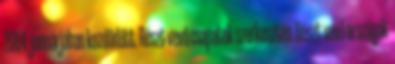
2004. januárjában kezdődött. Részt vevő csapatok szerkesztés Részt vevő országok